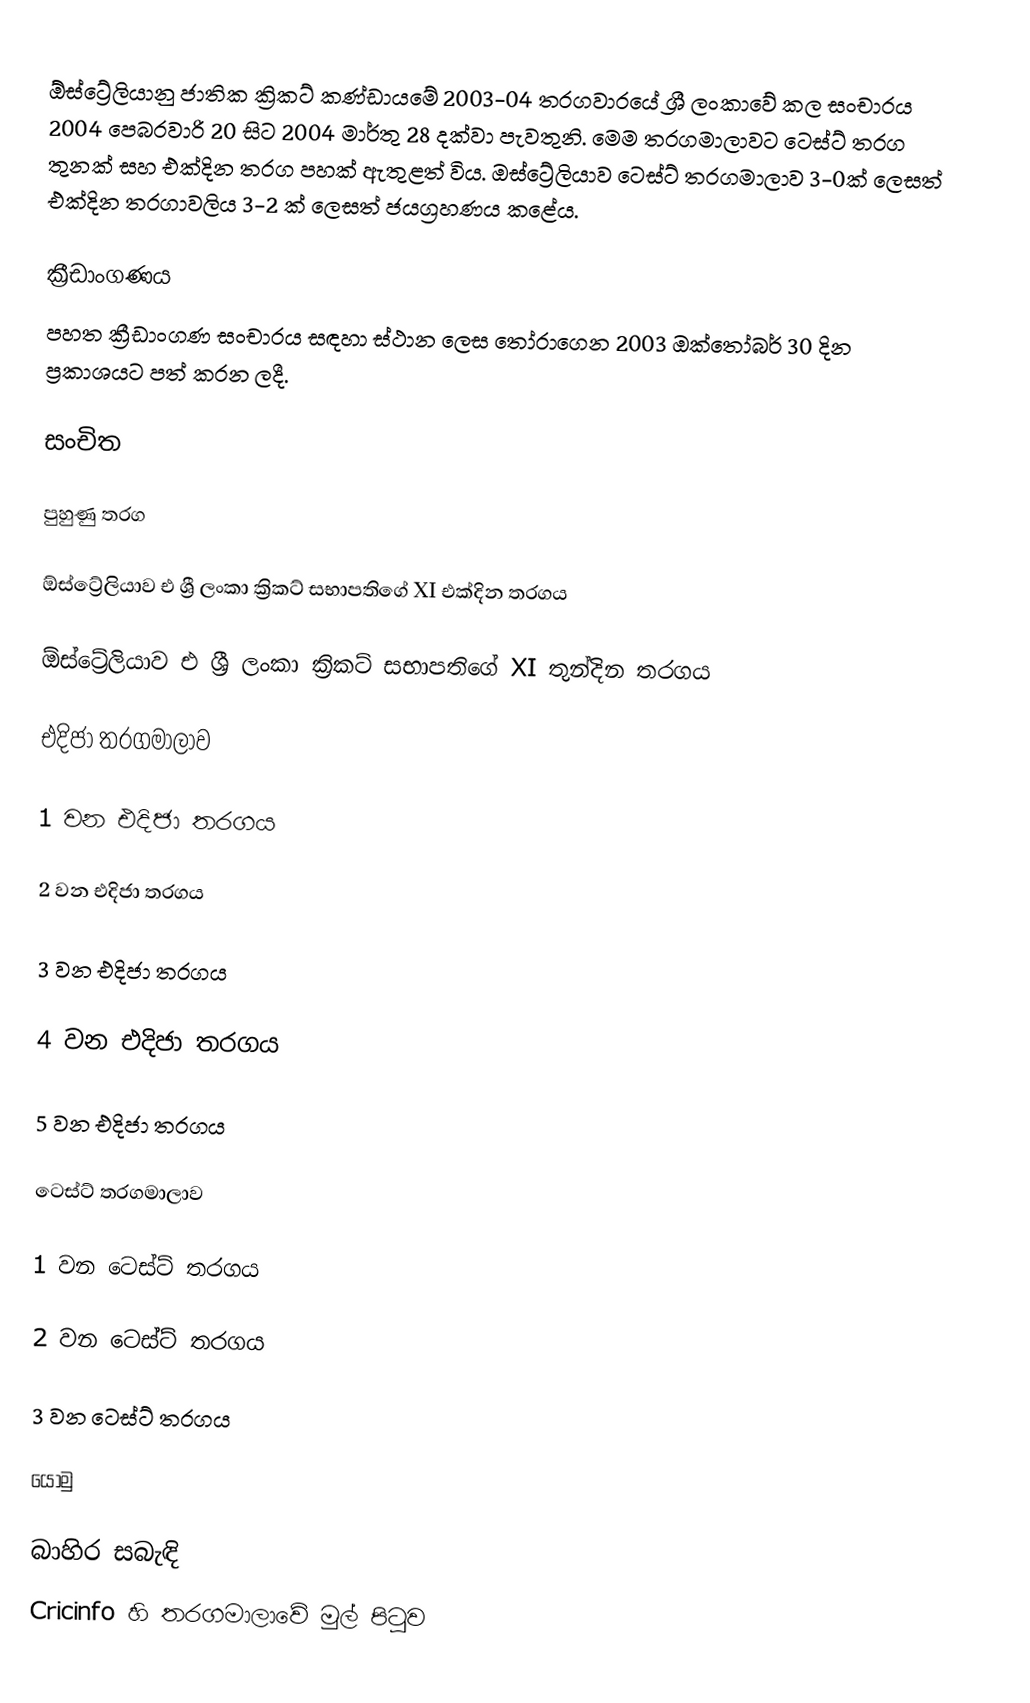
ඕස්ට්‍රේලියානු ජාතික ක්‍රිකට් කණ්ඩායමේ 2003-04 තරගවාරයේ ශ්‍රී ලංකාවේ කල සංචාරය 2004 පෙබරවාරි 20 සිට 2004 මාර්තු 28 දක්වා පැවතුනි. මෙම තරගමාලාවට ටෙස්ට් තරග තුනක් සහ එක්දින තරග පහක් ඇතුළත් විය. ඔස්ට්‍රේලියාව ටෙස්ට් තරගමාලාව 3-0ක් ලෙසත් එක්දින තරගාවලිය 3-2 ක් ලෙසත් ජයග්‍රහණය කළේය.

ක්‍රීඩාංගණය
පහත ක්‍රීඩාංගණ සංචාරය සඳහා ස්ථාන ලෙස තෝරාගෙන 2003 ඔක්තෝබර් 30 දින ප්‍රකාශයට පත් කරන ලදී.

සංචිත

පුහුණු තරග

ඕස්ට්‍රේලියාව එ ශ්‍රී ලංකා ක්‍රිකට් සභාපතිගේ XI එක්දින තරගය

ඕස්ට්‍රේලියාව එ ශ්‍රී ලංකා ක්‍රිකට් සභාපතිගේ XI තුන්දින තරගය

එදිජා තරගමාලාව

1 වන එදිජා තරගය

2 වන එදිජා තරගය

3 වන එදිජා තරගය

4 වන එදිජා තරගය

5 වන එදිජා තරගය

ටෙස්ට් තරගමාලාව

1 වන ටෙස්ට් තරගය

2 වන ටෙස්ට් තරගය

3 වන ටෙස්ට් තරගය

යොමු

බාහිර සබැඳි
Cricinfo හි තරගමාලාවේ මුල් පිටුව